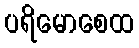
ပရိမောစေထ